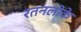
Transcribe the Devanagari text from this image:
रतनलोके